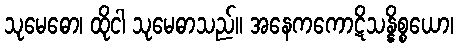
သုမေဓော၊ ထိုငါ သုမေဓာသည်။ အနေကကောဋိသန္နိစ္စယော၊